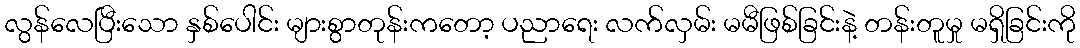
လွန်လေပြီးသော နှစ်ပေါင်း များစွာတုန်းကတော့ ပညာရေး လက်လှမ်း မမီဖြစ်ခြင်းနဲ့ တန်းတူမှု မရှိခြင်းကို